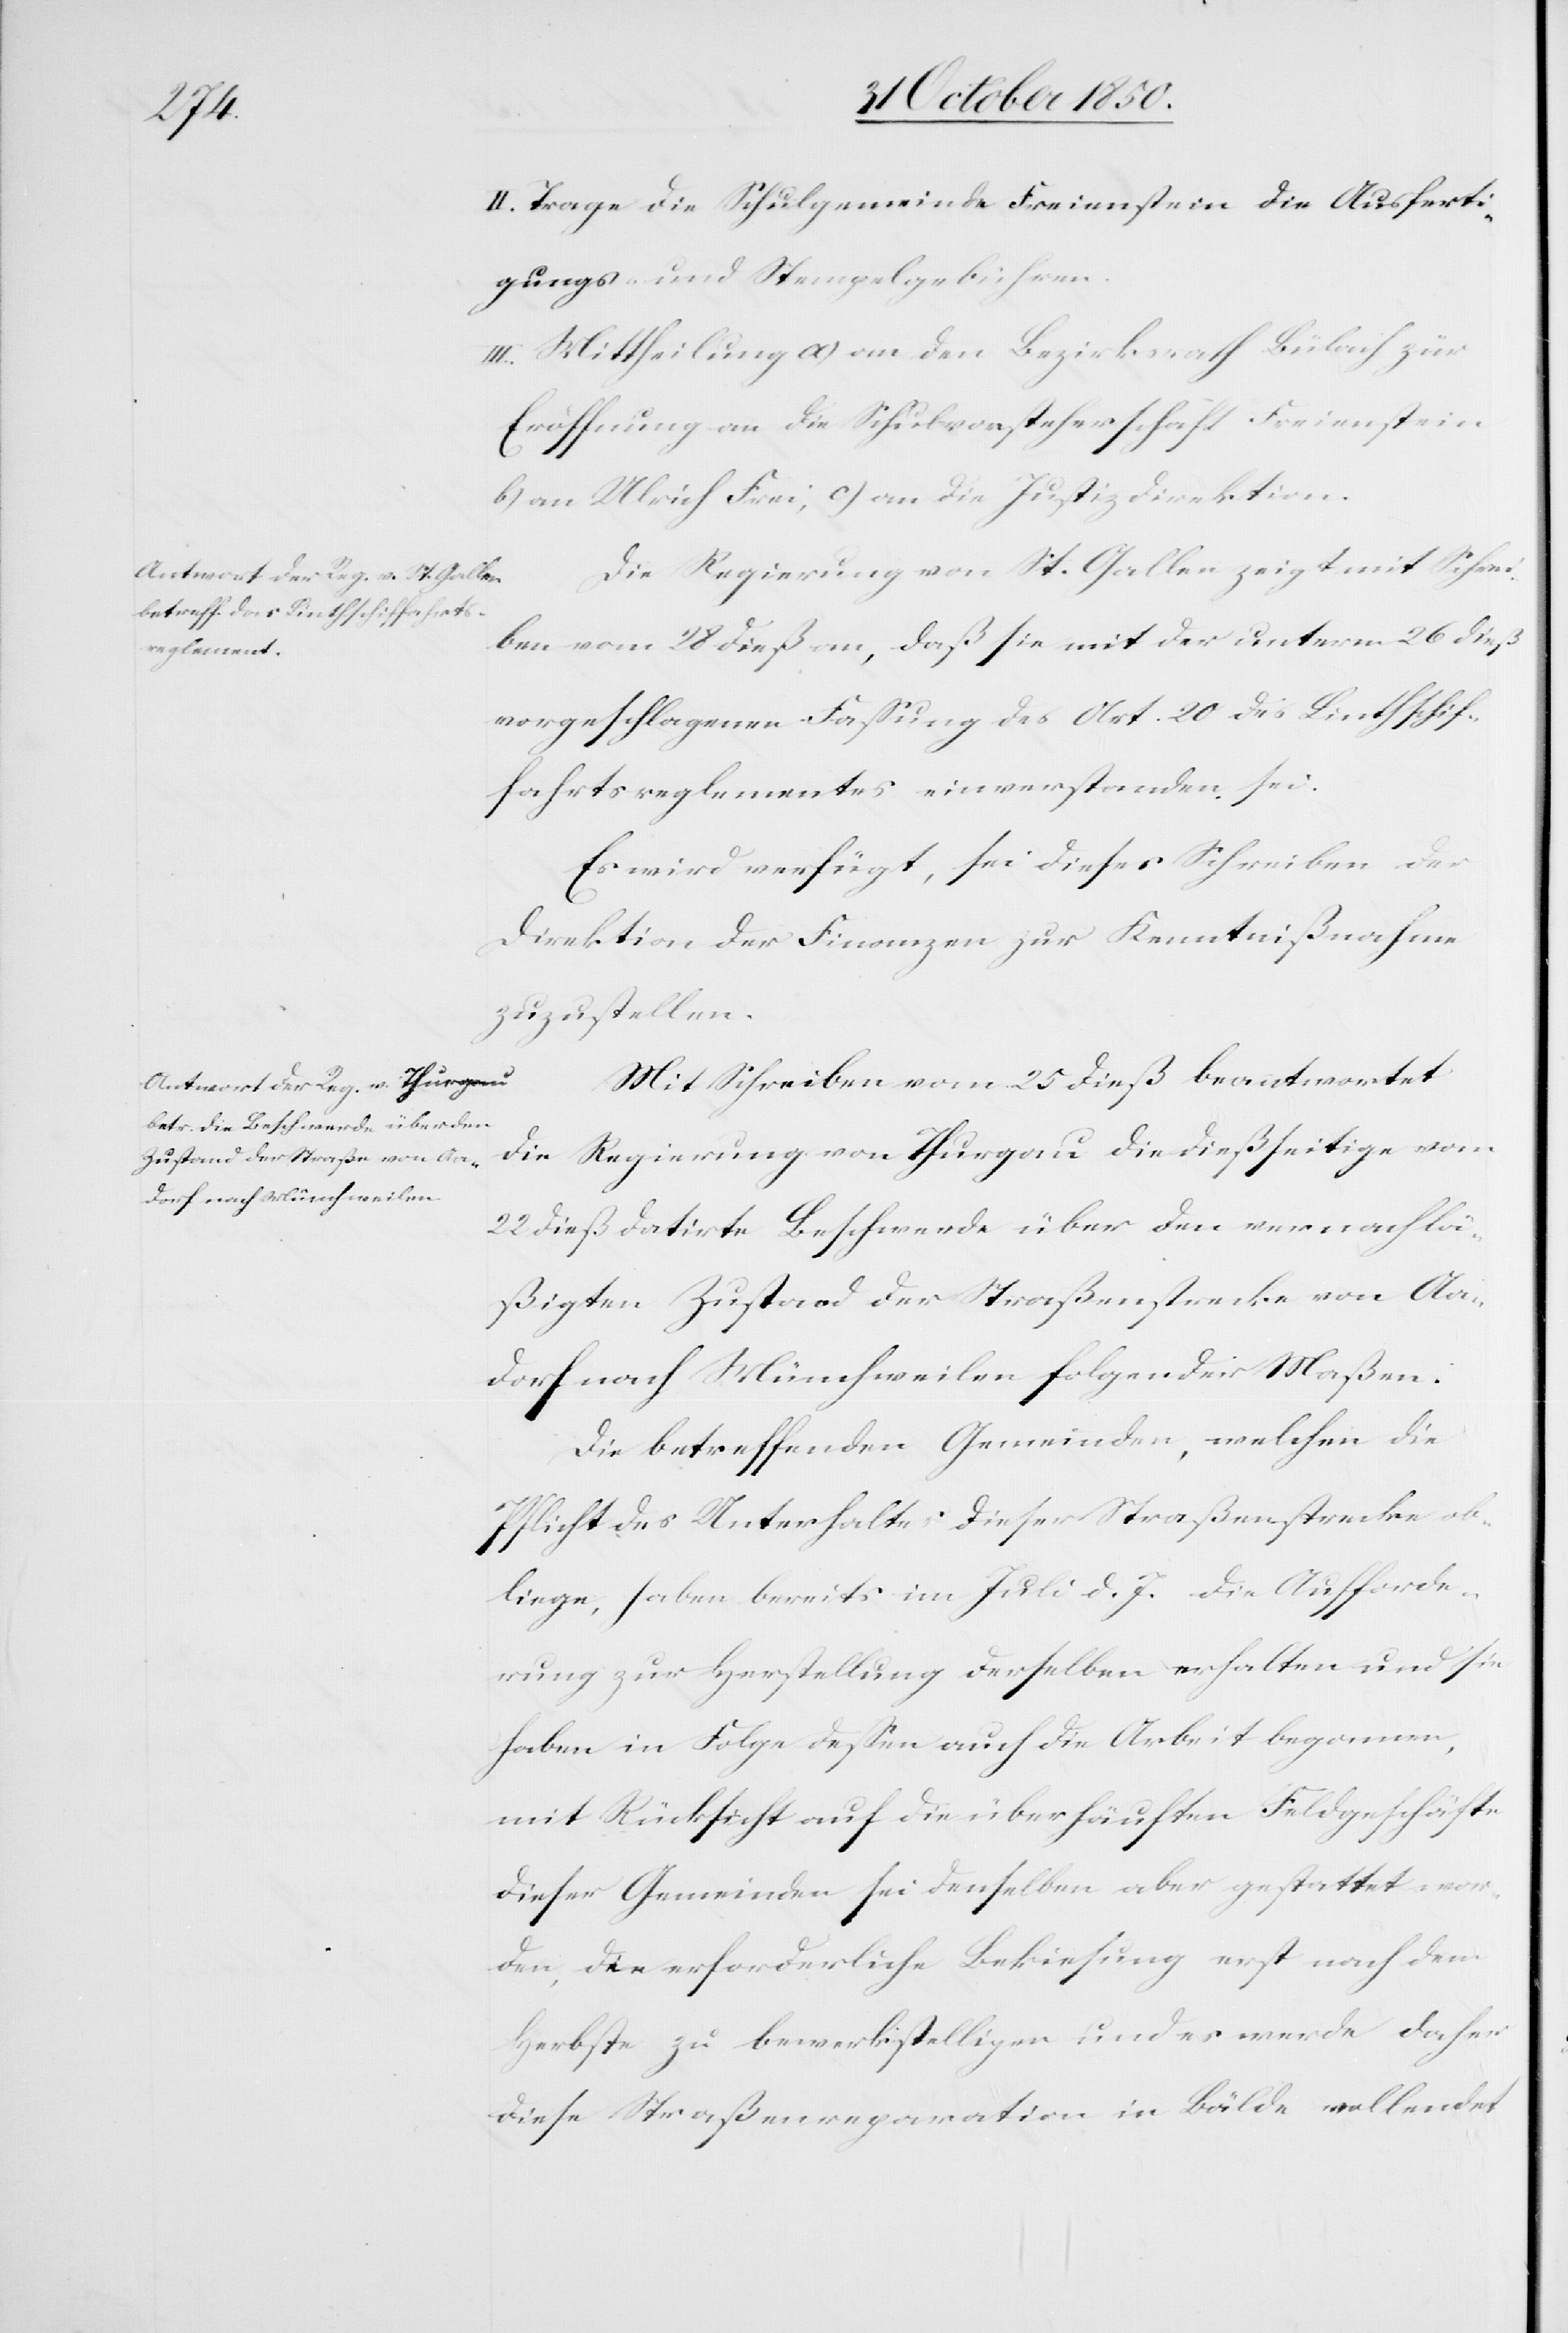
II. Trage die Schulgemeinde Freienstein die Ausferti¬
gungs- und Stempelgebühren.
III. Mittheilung a) an den Bezirksrath Bülach zur
Eröffnung an die Schulvorsteherschaft Freienstein[,]
b) an Ulrich Frei, c) an die Justizdirektion.
Die Regierung von St. Gallen zeigt mit Schrei¬
ben vom 28 dieß an, daß sie mit der unterm 26 dieß
vorgeschlagenen Fassung des Art. 20 des Linthschif¬
fahrtsreglementes einverstanden sei.
Es wird verfügt, sei dieses Schreiben der
Direktion der Finanzen zur Kenntnißnahme
zuzustellen.
Mit Schreiben vom 25 dieß beantwortet
die Regierung von Thurgau die dießseitige vom
22 dieß datirte Beschwerde über den vernachlä¬
ßigten Zustand der Straßenstrecke von Aa¬
dorf nach Münchweilen folgender Maßen:
Die betreffenden Gemeinden, welchen die
Pflicht des Unterhaltes dieser Straßenstrecke ob¬
liege, haben bereits im Juli d. J. die Aufforde¬
rung zur Herstellung derselben erhalten und sie
haben in Folge dessen auch die Arbeit begonnen,
mit Rücksicht auf die überhäuften Feldgeschäfte
dieser Gemeinden sei denselben aber gestattet wor¬
den, die erforderliche Bekiesung erst nach dem
Herbste zu bewerkstelligen und es werde daher
diese Straßenreparation in Bälde vollendet